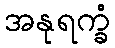
အနုရက္ခံ